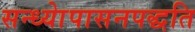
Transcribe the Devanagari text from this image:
सन्ध्याेपासनपद्धति